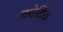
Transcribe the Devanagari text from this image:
कोटिक